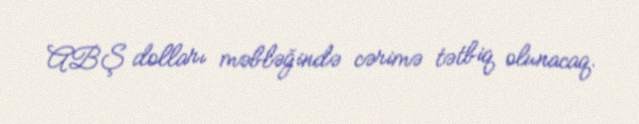
ABŞ dolları məbləğində cərimə tətbiq olunacaq.